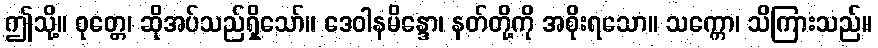
ဤသို့။ ဝုတ္တေ၊ ဆိုအပ်သည်ရှိသော်။ ဒေဝါနမိန္ဒော၊ နတ်တို့ကို အစိုးရသော။ သက္ကော၊ သိကြားသည်။